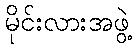
မိုင်းလားအဖွဲ့